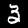
Digit: 3